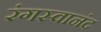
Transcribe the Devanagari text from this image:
रंगस्वानंद